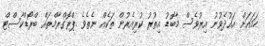
ހަމައަށް އައުދެވުނު އިރުވެސް މާބޮޑު އިތުރު ކުރިއެރުން ތަކެއް ނެތެވެ .ޕްރޮގްރާމްތައް ބްރޯޑްކާސްޓް